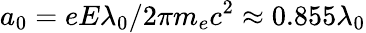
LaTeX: a_{0}=eE\lambda_{0}/2\pi m_{e}c^{2}\approx 0.855\lambda_{0}